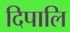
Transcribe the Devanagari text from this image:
दिपालि